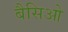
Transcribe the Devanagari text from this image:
बैसिओ